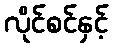
လိုင်စင်နှင့်